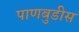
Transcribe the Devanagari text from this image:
पाणबुडीस